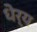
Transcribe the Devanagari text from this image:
धेर्य